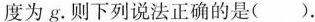
度为g。则下列说法正确的是( )。